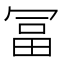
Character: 冨